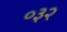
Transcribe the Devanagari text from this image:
०३२